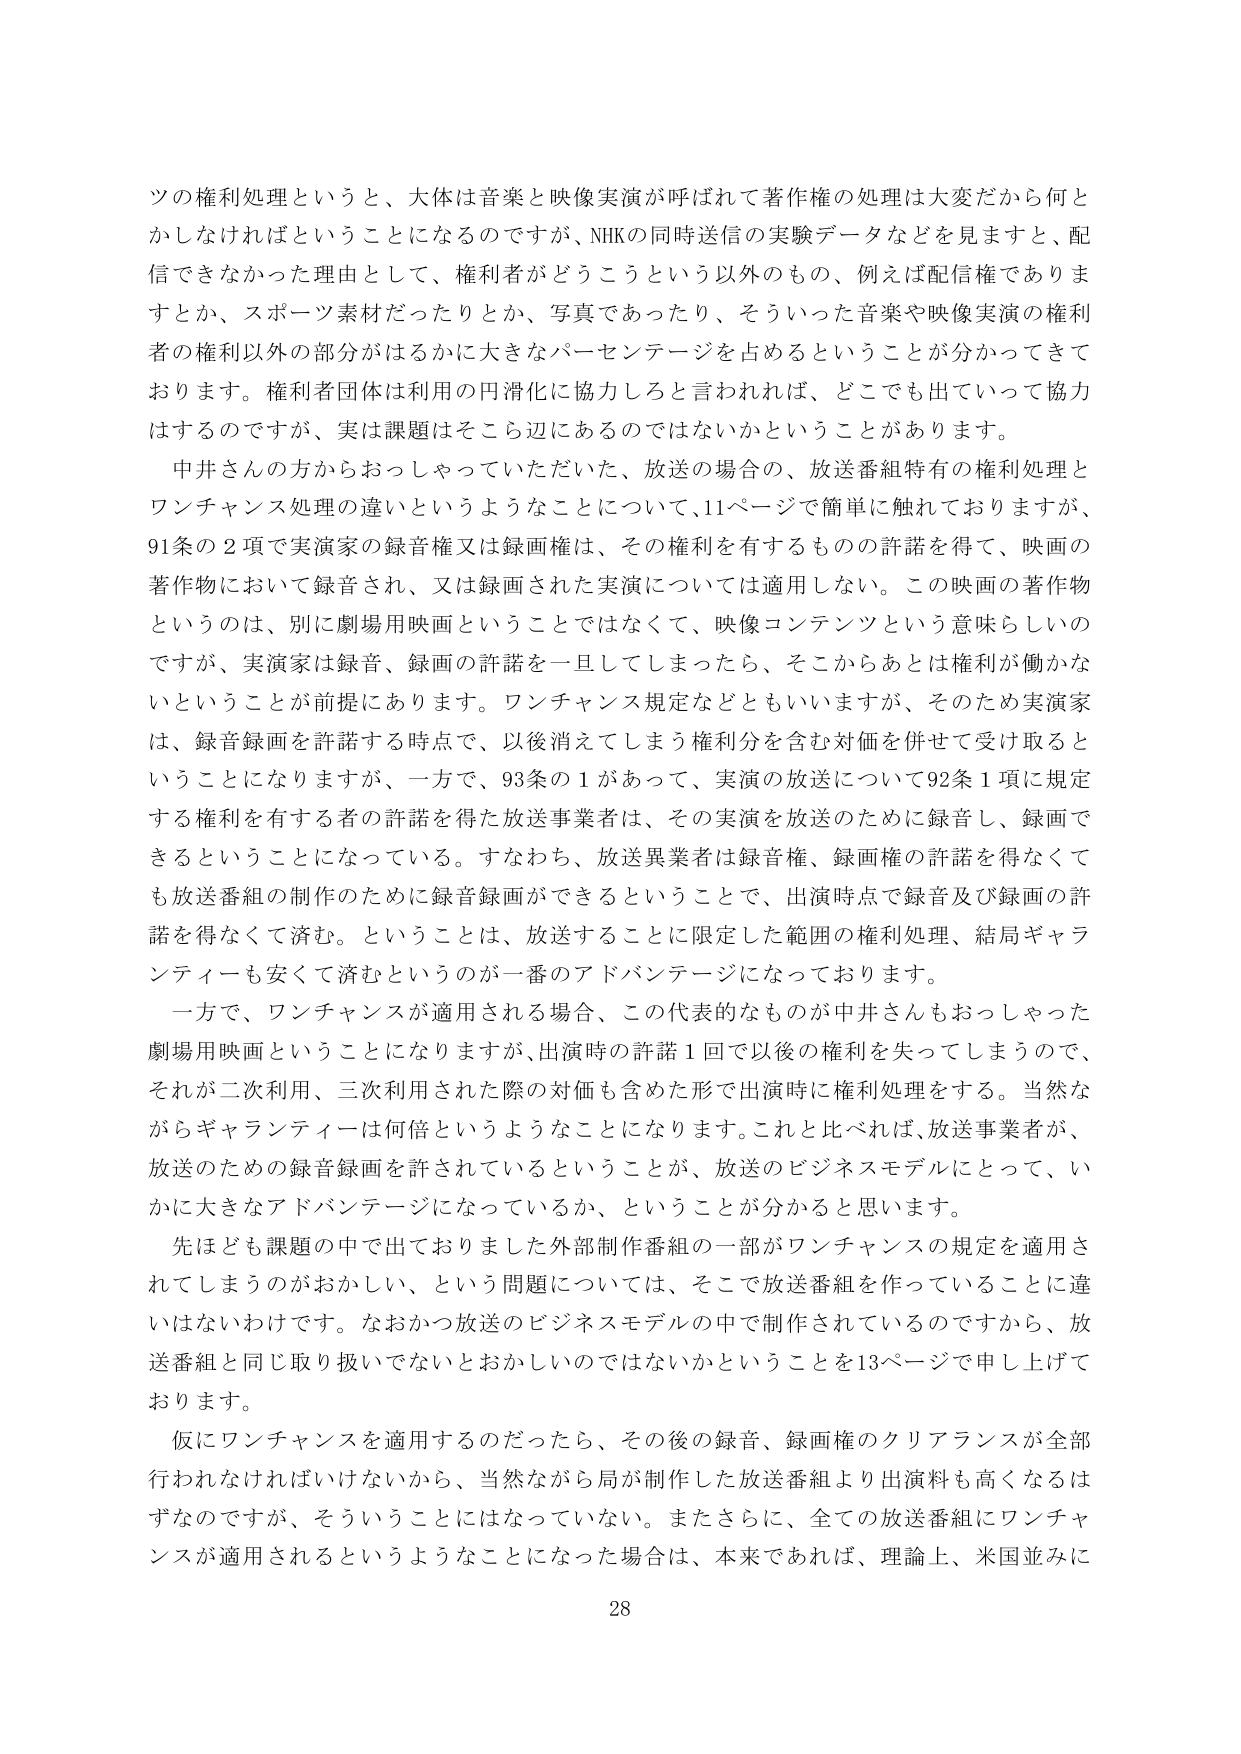
ツの権利処理というと、大体は音楽と映像実演が呼ばれて著作権の処理は大変だから何とかしなければということになるのですが、NHKの同時送信の実験データなどを見ますと、配信できなかった理由として、権利者がどうこうという以外のもの、例えば配信でありますとか、スポーツ素材だったりとか、写真であったり、そういった音楽や映像実演の権利者の権利以外の部分がはるかに大きなパーセンテージを占めるということが分かってきております。権利者団体は利用の円滑化に協力しろと言われれば、どこでも出ていって協力はするのですが、実は課題はそこら辺にあるのではないかということがあります。

中井さんの方からおっしゃっていただいた、放送の場合の、放送番組特有の権利処理とワンチャンス処理の違いというようなことについて、11ページで簡単に触れておりますが、91条の2項で実演家の録音権又は録画権は、その権利を有するものの許諾を得て、映画の著作物において録音され、又は録画された実演については適用しない。この映画の著作物というのは、別に劇場用映画ということではなくて、映像コンテンツという意味らしいのですが、実演家は録音、録画の許諾を一旦してしまったら、そこからあとは権利が働かないということが前提にあります。ワンチャンス規定などともいいますが、そのため実演家は、録音録画を許諾する時点で、以後消えてしまう権利分を含む対価を併せて受け取ることになりますが、一方で、93条の1があって、実演の放送について92条1項に規定する権利を有する者の許諾を得た放送事業者は、その実演を放送のために録音し、録画できるということになっている。すなわち、放送異業者は録音権、録画権の許諾を得なくても放送番組の制作のために録音録画ができるということで、出演時点で録音及び録画の許諾を得なくて済む。ということは、放送することに限定した範囲の権利処理、結局ギャランティーも数多くて済むというのが一番のアドバンテージになっております。

一方で、ワンチャンスが適用される場合、この代表的なものが中井さんもおっしゃった劇場用映画ということになりますが、出演時の許諾1回で以後の権利を失ってしまうので、それが二次利用、三次利用された際の対価も含めた形で出演時に権利処理をする。当然ながらギャランティーも数倍というようなことになります。これと比べれば、放送事業者が、放送のための録音録画を許されているということが、放送のビジネスモデルにとって、いかに大きなアドバンテージになっているか、ということが分かると思います。

先ほども課題の中で出ておりました外部制作番組の一部がワンチャンスの規定を適用されてしまうのがおかしい、という問題については、そこで放送番組を作っていることに違いはないわけです。なおかつ放送のビジネスモデルの中で制作されているのですから、放送番組と同じ取り扱いではないとおかしいのではないかということを13ページで申し上げております。

仮にワンチャンスを適用するのだったら、その後の録音、録画権のクリアランスが全部行われなければいけないから、当然ながら局が制作した放送番組より出演料も高くなるはずなのですが、そういうことにはなっていない。またさらに、全ての放送番組にワンチャンスが適用されるというようなことになった場合は、本来であれば、理論上、米国並みに

28